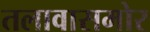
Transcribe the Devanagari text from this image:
तलावासमोर